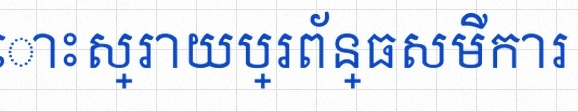
ដោះស្រាយប្រព័ន្ធសមីការ